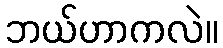
ဘယ်ဟာကလဲ။